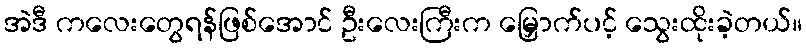
အဲဒီ ကလေးတွေရန်ဖြစ်အောင် ဦးလေးကြီးက မြှောက်ပင့် သွေးထိုးခဲ့တယ်။